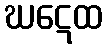
ဃဋေထ